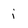
Character: i